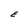
Character: E